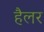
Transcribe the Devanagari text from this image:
हैलर